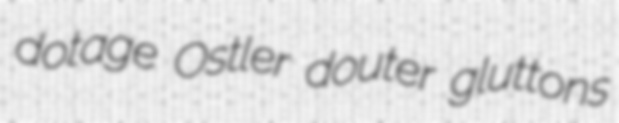
dotage Ostler douter gluttons